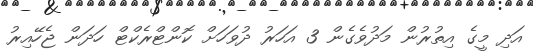
އަދި މީގެ އިތުރުން މަދުވެގެން 3 އަހަރު ދުވަހަށް ކޮންޓްރެކްޓް ހަދަން ޖެހޭއިރު